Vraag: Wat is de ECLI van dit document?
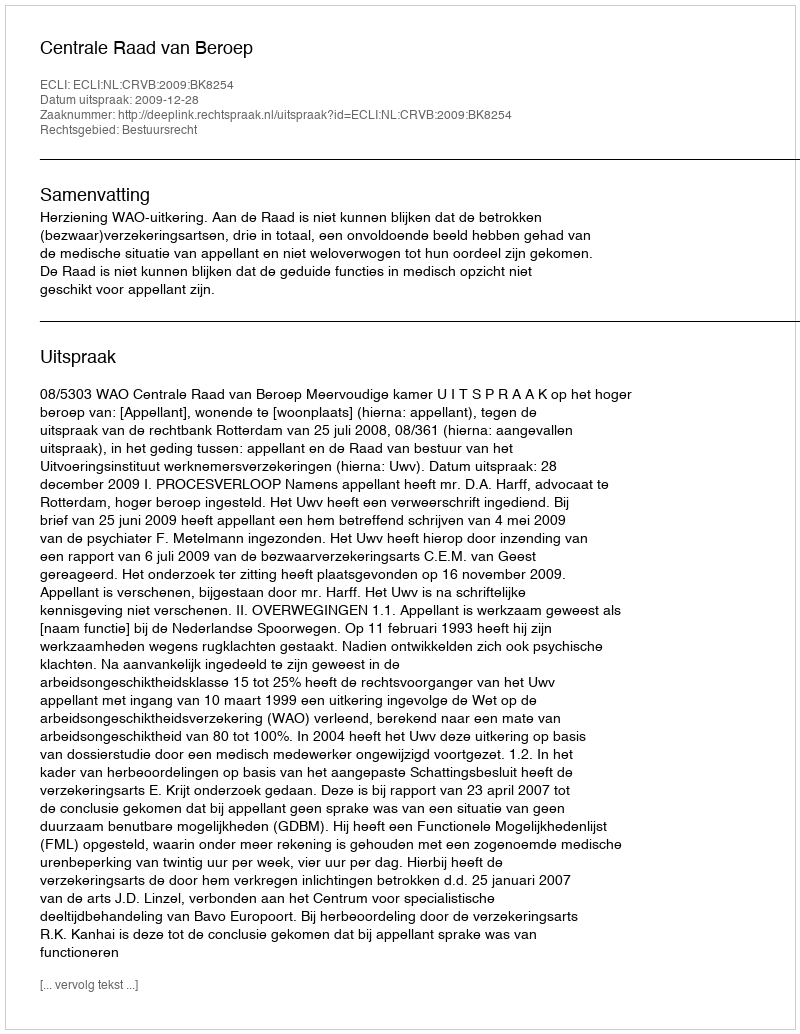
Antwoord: ECLI:NL:CRVB:2009:BK8254